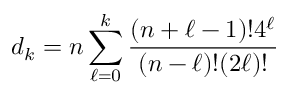
d _ { k } = n \sum _ { \ell = 0 } ^ { k } { \frac { ( n + \ell - 1 ) ! 4 ^ { \ell } } { ( n - \ell ) ! ( 2 \ell ) ! } }